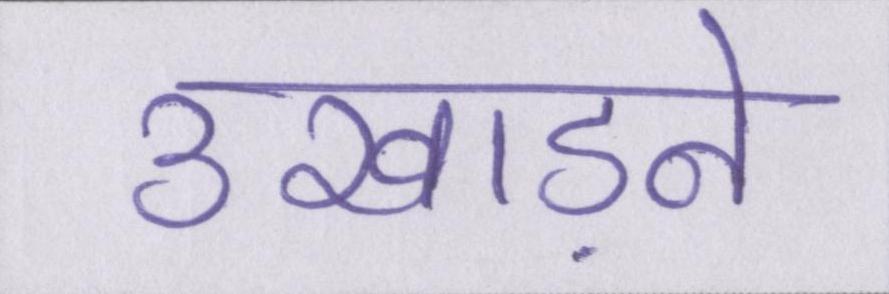
उखाड़ने